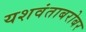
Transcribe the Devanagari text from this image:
यशवंताबरोबर